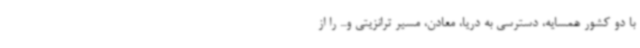
با دو کشور همسایه، دسترسی به دریا، معادن، مسیر ترانزیتی و... را از